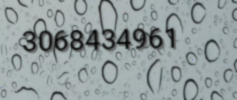
3068434961